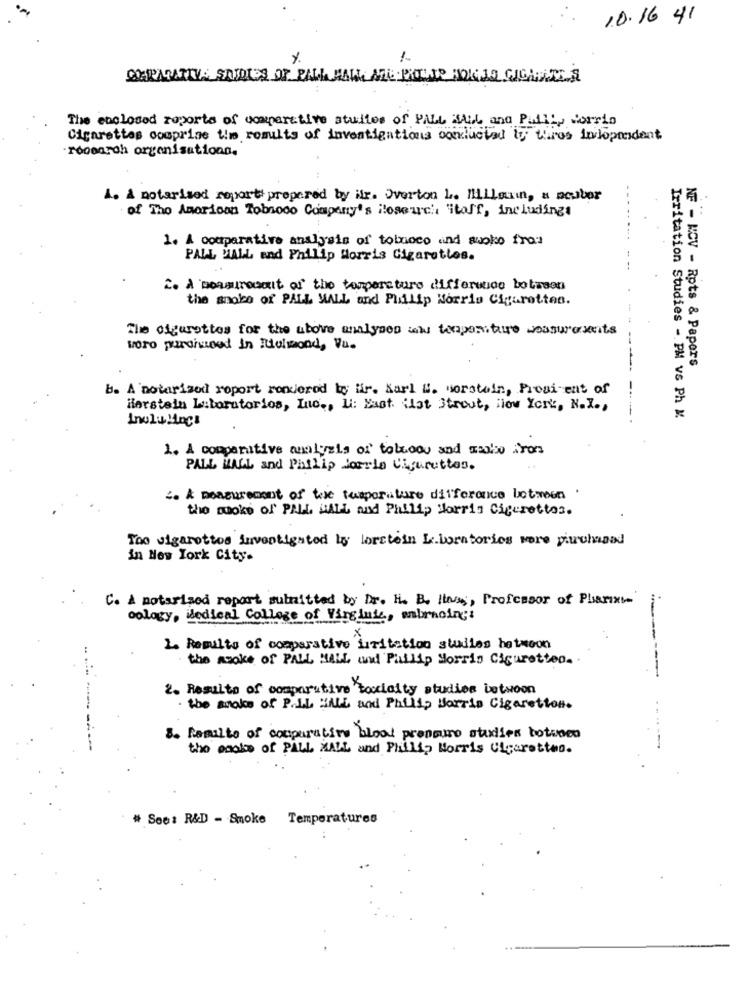
10.16 41
%
1
SEPARATIVA SAIRIES OF PALL HALL ME PROLAP FORJO GIGANTE A
The enclosed reports of comparative studies of PALL MALL and Palli, Corrio
Cigarettes comprise time results of investigations ookluctad lo thes independent
research organisationn.
4. A noterized reports prepared by ihr. Overton L. Millauin, a nestor
of The American Tobrodo Company's iosearch itoff, includingt
1. A comparative analysis of tobacco and suoko from
PALL MALL end Philip Morris Cigaretles.
2. A measuresmit of the temperature difference botasen
the smoke of PALL MALL and Philip Morris Cigarotten.
The cigarettes for the above analysen was temperature measurements
voro purohoed in Itulmond, Vu.
NF - KCV - Rpts & Papers
b. A noterized report rendered by Mir. Karl W. worstein, President of
Herstein Laboratorios, Inc ., 1: Magt. ilat Strout, New York, N.I .,
Irritation Studies - PM vs Ph M.
1. A comparative analysis of tobudou and mario fron
PALL MALL and Philip Morris Cigarettes.
. & measurement of the temperature difference between
the moke of PAN. HALL and Philip Morris Cigarettes.
Too Jigarottos investigated lo lorstein Laboratories wore pirrumand
in New York City-
C. A notarized report submitted by Dr. H. B. Ilum, Professor of Pharixt-
cology, Medical College of Virginia, umbrnoings
x
2. Results of comparative irritation studies hetmoon
the smoke of PALL MALL and Philip Morris Cicuretten ..
---------
2. Results of comparative toxicity studies betwoon
. the Books of P.LL WALL and Philip Morris Cigaretton.
. . .
8. Resulto of comparative blood pressure studies bottoen
---
the socks of PALL MALL and Philip Morris Cigaretteo.
---
# See: R&D - Smoke Temperatures